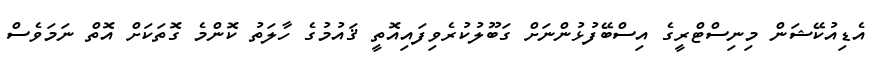
އެޑިއުކޭޝަން މިނިސްޓްރީގެ އިސްބޭފުޅުންނަށް ގަބޫލުކުރެވިފައިއޮތީ ޤައުމުގެ ހާލަތު ކޮންމެ ގޮތަކަށް އޮތް ނަމަވެސް